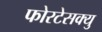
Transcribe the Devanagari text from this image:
फोरटेसक्यु